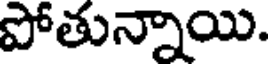
పోతున్నాయి.